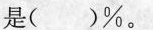
是()%。